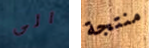
الى منتجة